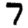
Digit: 7